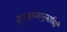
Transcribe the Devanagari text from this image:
सूत्राक्रमानुसारिणी